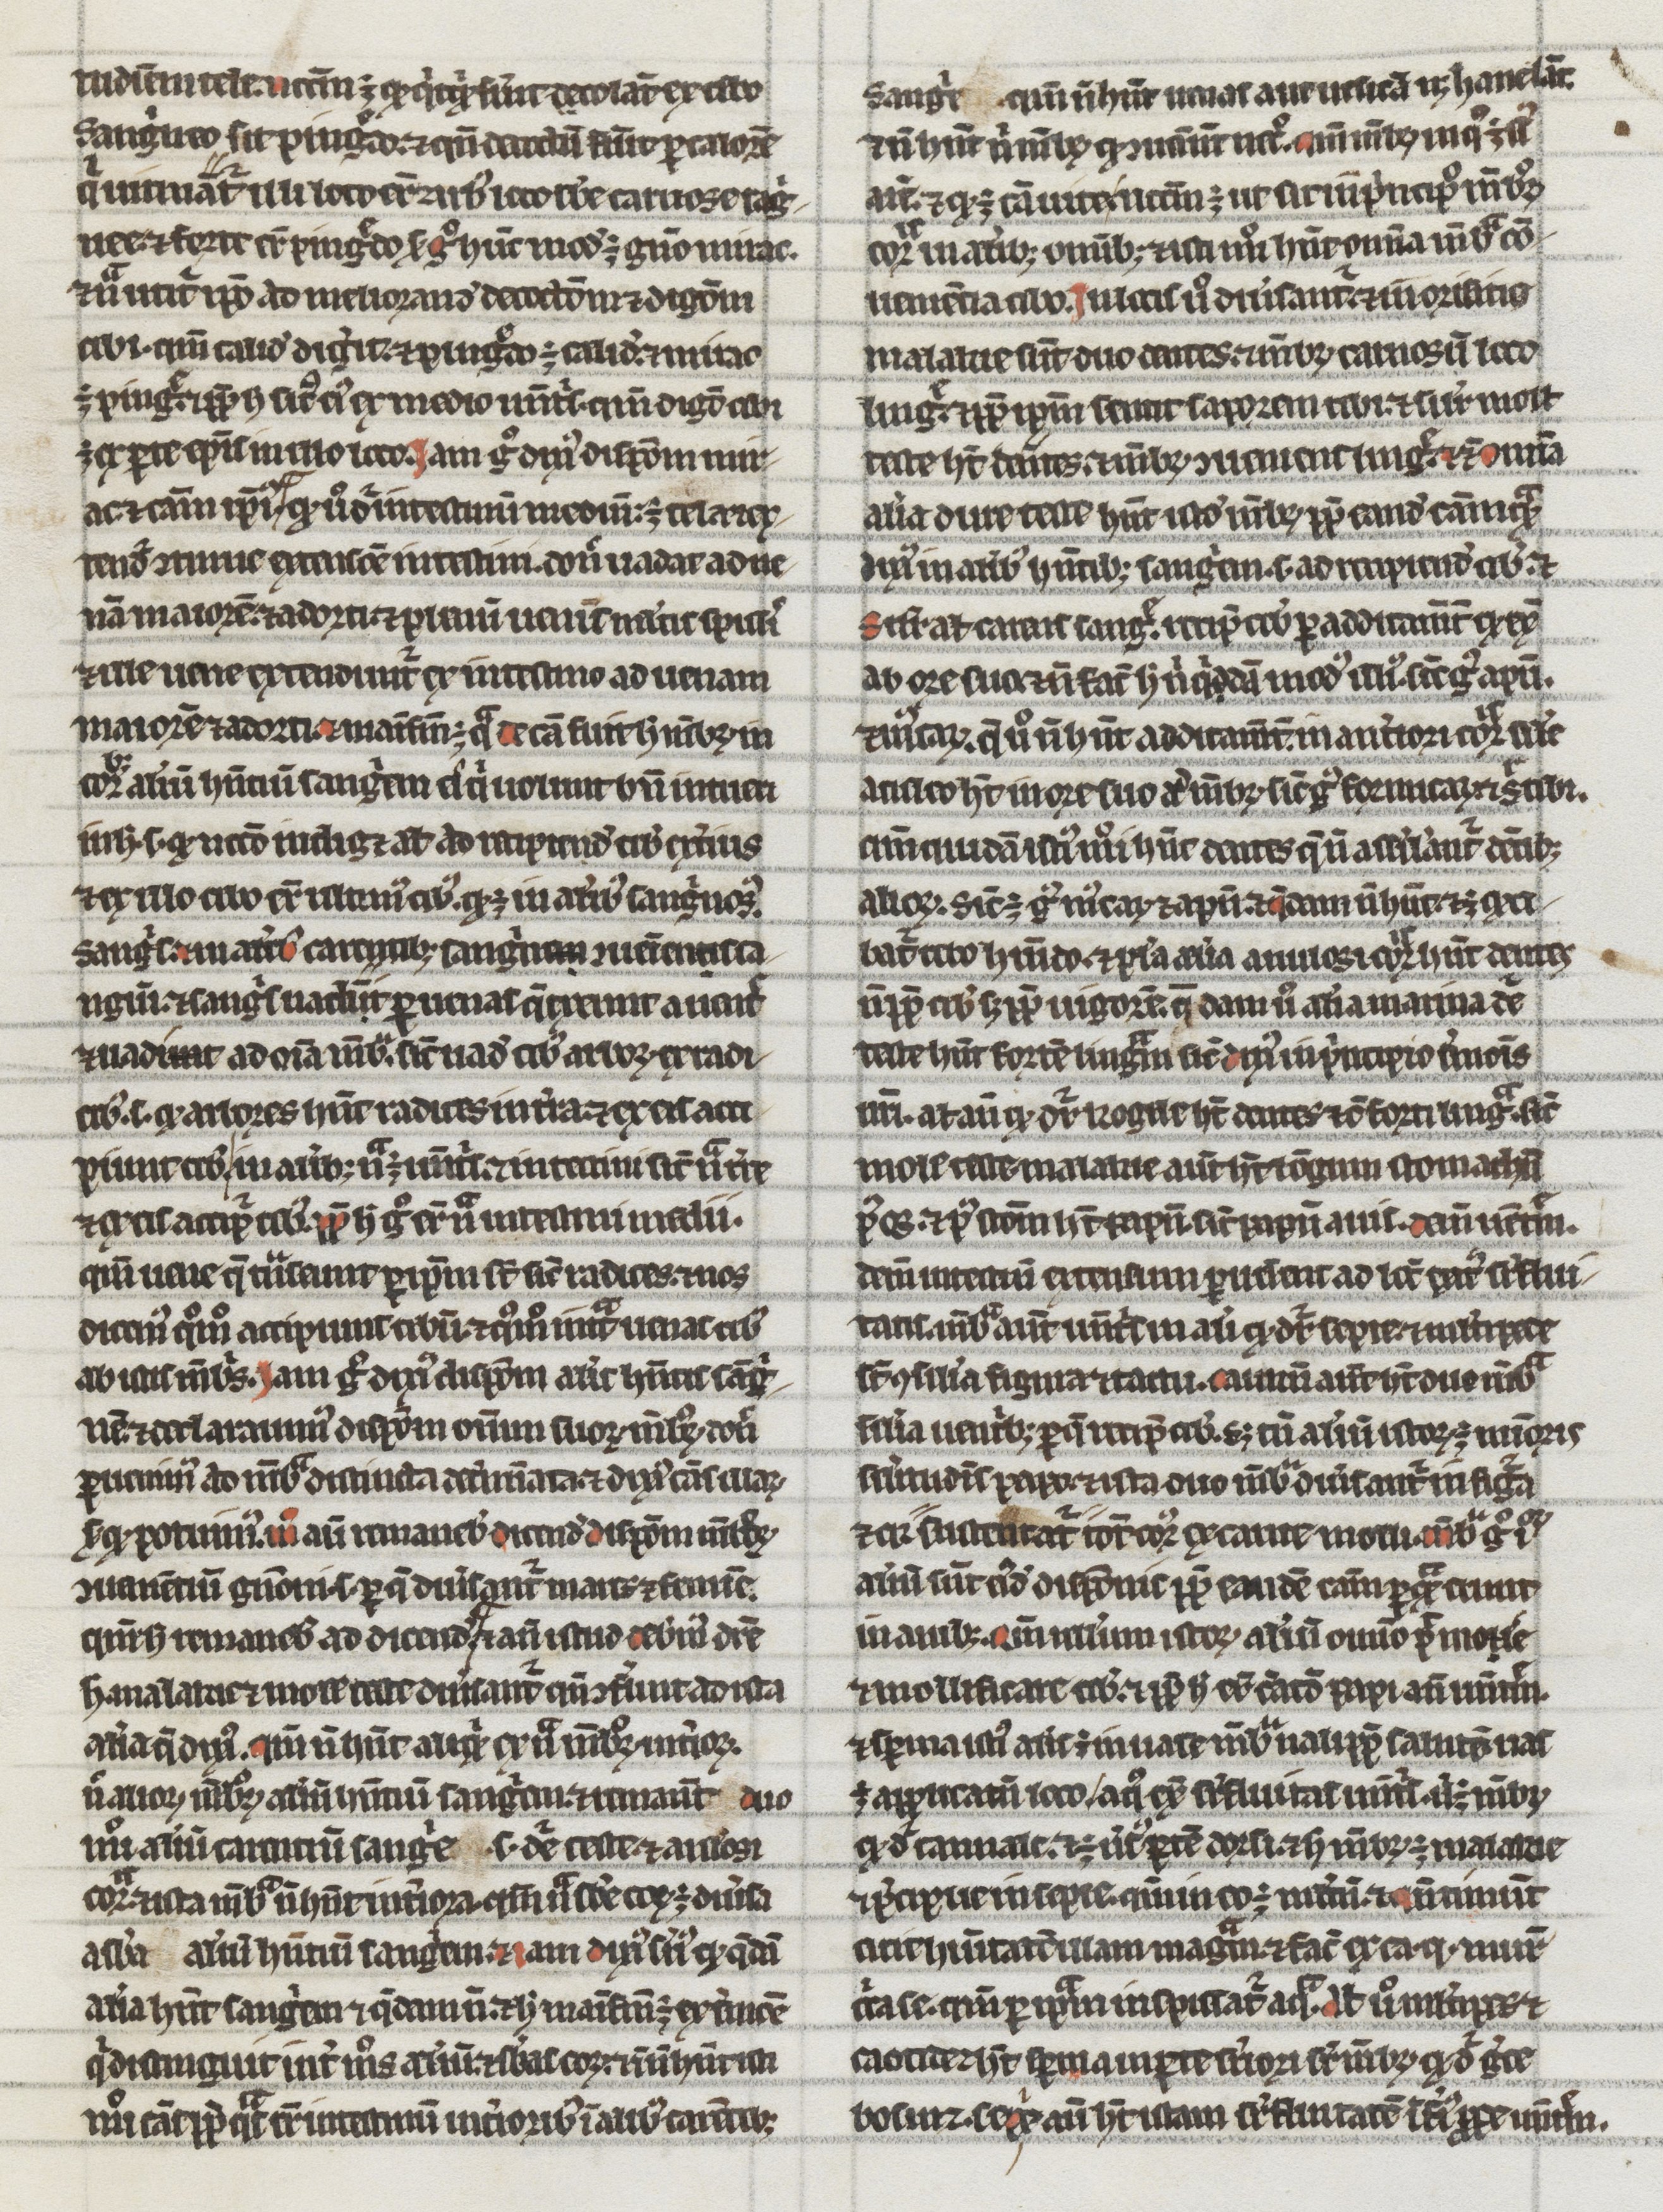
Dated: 1200–1299